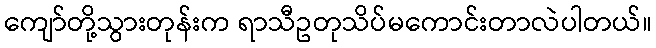
ကျော်တို့သွားတုန်းက ရာသီဥတုသိပ်မကောင်းတာလဲပါတယ်။